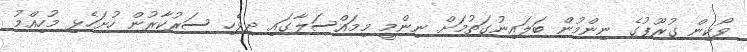
ވޯކިން ގުރޫޕުގެ ނިންމުން ބަލައިނުގަތުމަށް ނިންމީ މިމައްސަލާގައި ދިވެހި ސަރުކާރުން ހުށަހެޅި މުހިއްމު